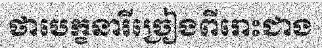
ថាបេក្ខនារីច្រៀងពីរោះជាង